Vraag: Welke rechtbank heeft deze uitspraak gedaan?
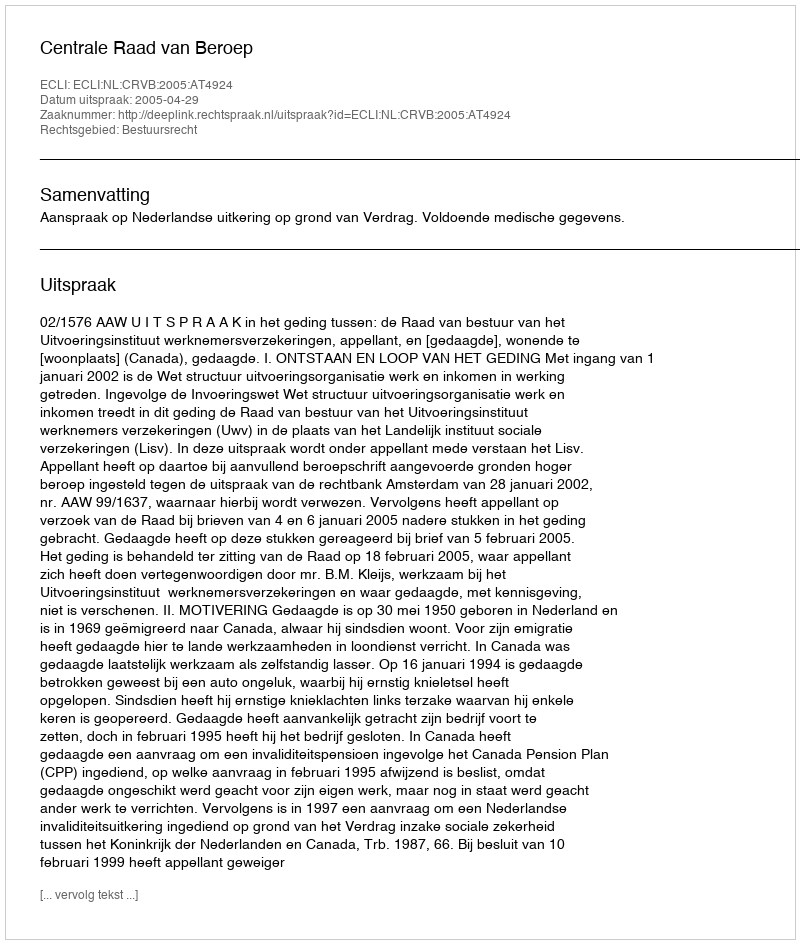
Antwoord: Centrale Raad van Beroep